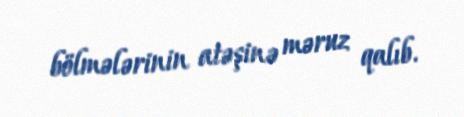
bölmələrinin atəşinə məruz qalıb.